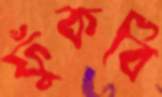
ফুঁকবি